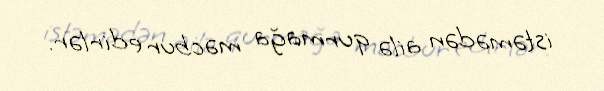
istəmədən ailə qurmağa məcbur edirlər.